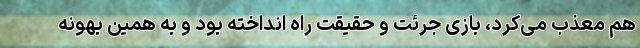
هم معذب می‌کرد، بازی جرئت و حقیقت راه انداخته بود و به همین بهونه